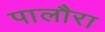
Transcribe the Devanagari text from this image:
पालौरा